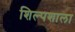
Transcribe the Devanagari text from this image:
शिल्पशाला